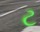
ટ